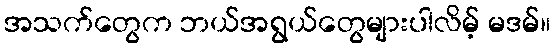
အသက်တွေက ဘယ်အရွယ်တွေများပါလိမ့် မဒမ်။